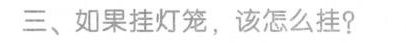
三、如果挂灯笼，该怎么挂？